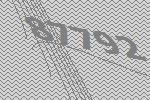
87792